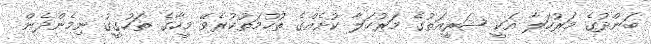
ބަންދުގެ މަރުހަލާ އަކީ ޝަރީއަތުގެ މަރުހަލާ ކުށެއްގެ ތުހުމަތުކުރެވޭ މީހާގެ ތަހުގީގު ނިމެންދެން